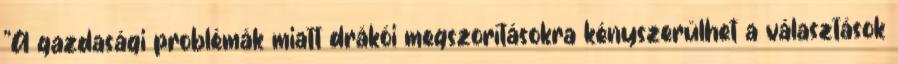
"A gazdasági problémák miatt drákói megszorításokra kényszerülhet a választások